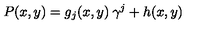
P ( x , y ) = g _ { j } ( x , y ) \: \gamma ^ { j } + h ( x , y )